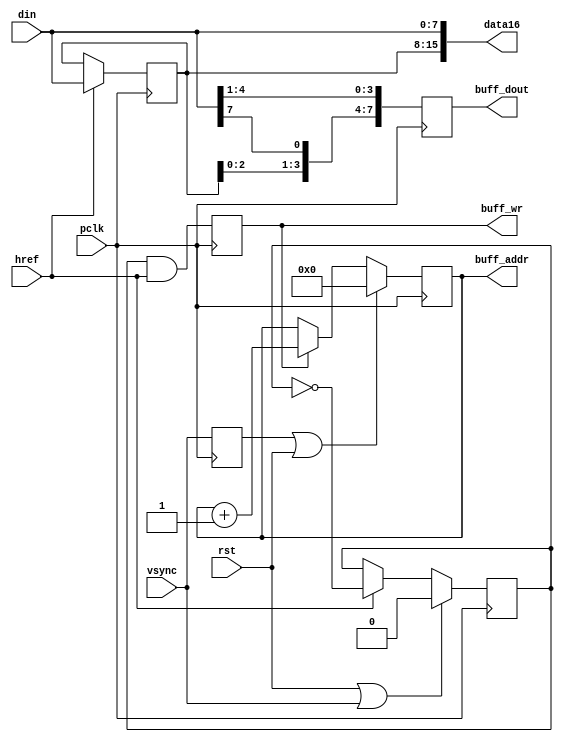
`timescale 1ns / 1ps
//////////////////////////////////////////////////////////////////////////////////
// Company: 
// Engineer: 
// 
// Design Name: 
// Module Name: OV7670_CAPTURE
// Project Name: 
// Target Devices: 
// Tool Versions: 
// Description: 
// 
// Dependencies: 
// 
// Revision:
// Revision 0.01 - File Created
// Additional Comments:
// 
//////////////////////////////////////////////////////////////////////////////////



module OV7670_CAPTURE (
        input rst, pclk , href , vsync,
        input [7:0] din ,
        
        output [15:0]data16,
        output reg [11:0] buff_dout,
        output reg  buff_wr,
        output reg [18:0] buff_addr

    );


    //8
    wire  [7:0] data8 = din ;
    wire  wr8 = href ;

    //816wr16,data16
    reg [7:0] t8 ;
    reg t8_valid ;
    wire wr16 ;
//    wire [15:0] data16 ;

    always @ (posedge pclk)if ( wr8  )t8 <= data8;
    always @ (posedge pclk)if ( rst | vsync ) t8_valid<=0;else if ( wr8 ) t8_valid <= ~t8_valid;

    assign wr16 = t8_valid & wr8 ;
    assign data16 = { t8[7:0] , data8[7:0] } ;

    // 1612wr12,data12
    wire wr12 = wr16;
    wire [11:0] data12 ={  data16[15:12] ,  data16[10:7] ,  data16[4:1] } ;

    //BUFFER

    //output reg [11:0] buff_dout,
    //output reg  buff_wr,
    always@ (posedge pclk)  buff_wr<= wr12 ;
    always@ (posedge pclk)  buff_dout<= data12 ;

    // buff_addr

    //output reg [18:0] buff_addr
    reg  vsyncr ;always@(posedge pclk)vsyncr<=vsync ;
    //

    always@ (posedge pclk)
        if ( vsyncr | rst )buff_addr<=0;else
    if (buff_wr)buff_addr<=buff_addr+1;

    //2
    //VSYNCvsync
    //  VSYNCHREF

endmodule